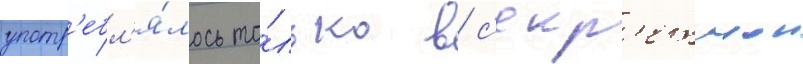
употр'ебл'я́лось то́лько в с'екр'етнои